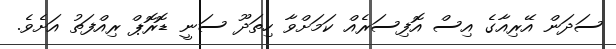
ސަދަން އޭރިއާގެ އިސް އޮފިސަރެއް ކަމަށްވާ ހިތަދޫ ސަނީ ޑޮރޮޕް ރިއްފަތު އަށެވެ.